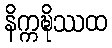
နိက္ကဍ္ဎိဿထ